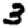
Digit: 3